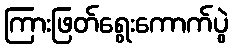
ကြားဖြတ်ရွေးကောက်ပွဲ